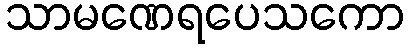
သာမဏေရပေသကော